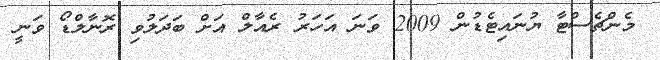
މެންޗެސްޓާ ޔުނައިޓެޑުން 2009 ވަނަ އަހަރު ރެއާލް އަށް ބަދަލުވި ރޮނާލްޑޯ ވަނީ